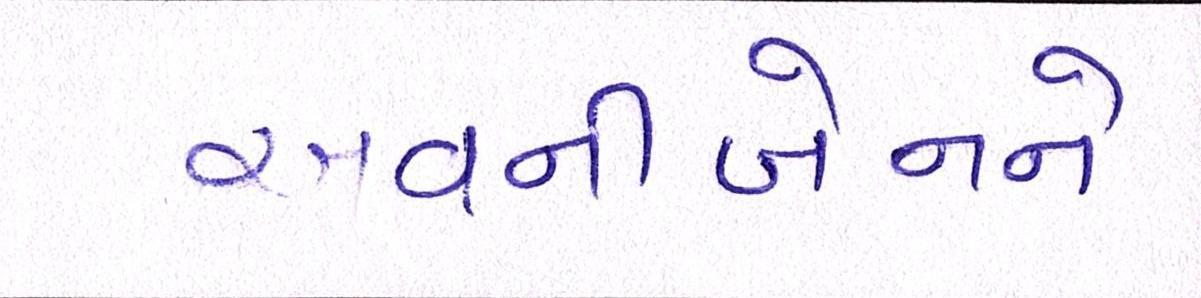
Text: અવનીબેનને